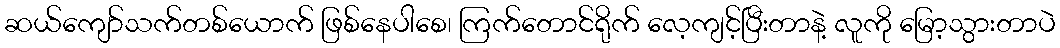
ဆယ်ကျော်သက်တစ်ယောက် ဖြစ်နေပါစေ၊ ကြက်တောင်ရိုက် လေ့ကျင့်ပြီးတာနဲ့ လူကို မြော့သွားတာပဲ